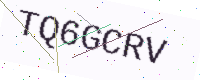
Text: TQ6GCRV